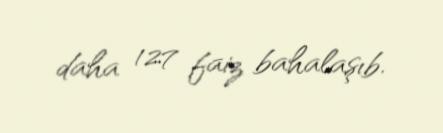
daha 127 faiz bahalaşıb.